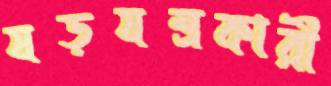
ষড়যন্ত্রকারী